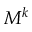
M ^ { k }